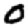
Digit: 0